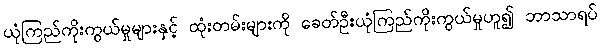
ယုံကြည်ကိုးကွယ်မှုများနှင့် ထုံးတမ်းများကို ခေတ်ဦးယုံကြည်ကိုးကွယ်မှုဟူ၍ ဘာသာရပ်